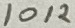
Text: 10K